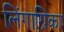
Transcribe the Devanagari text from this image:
लिंगाग्रिका